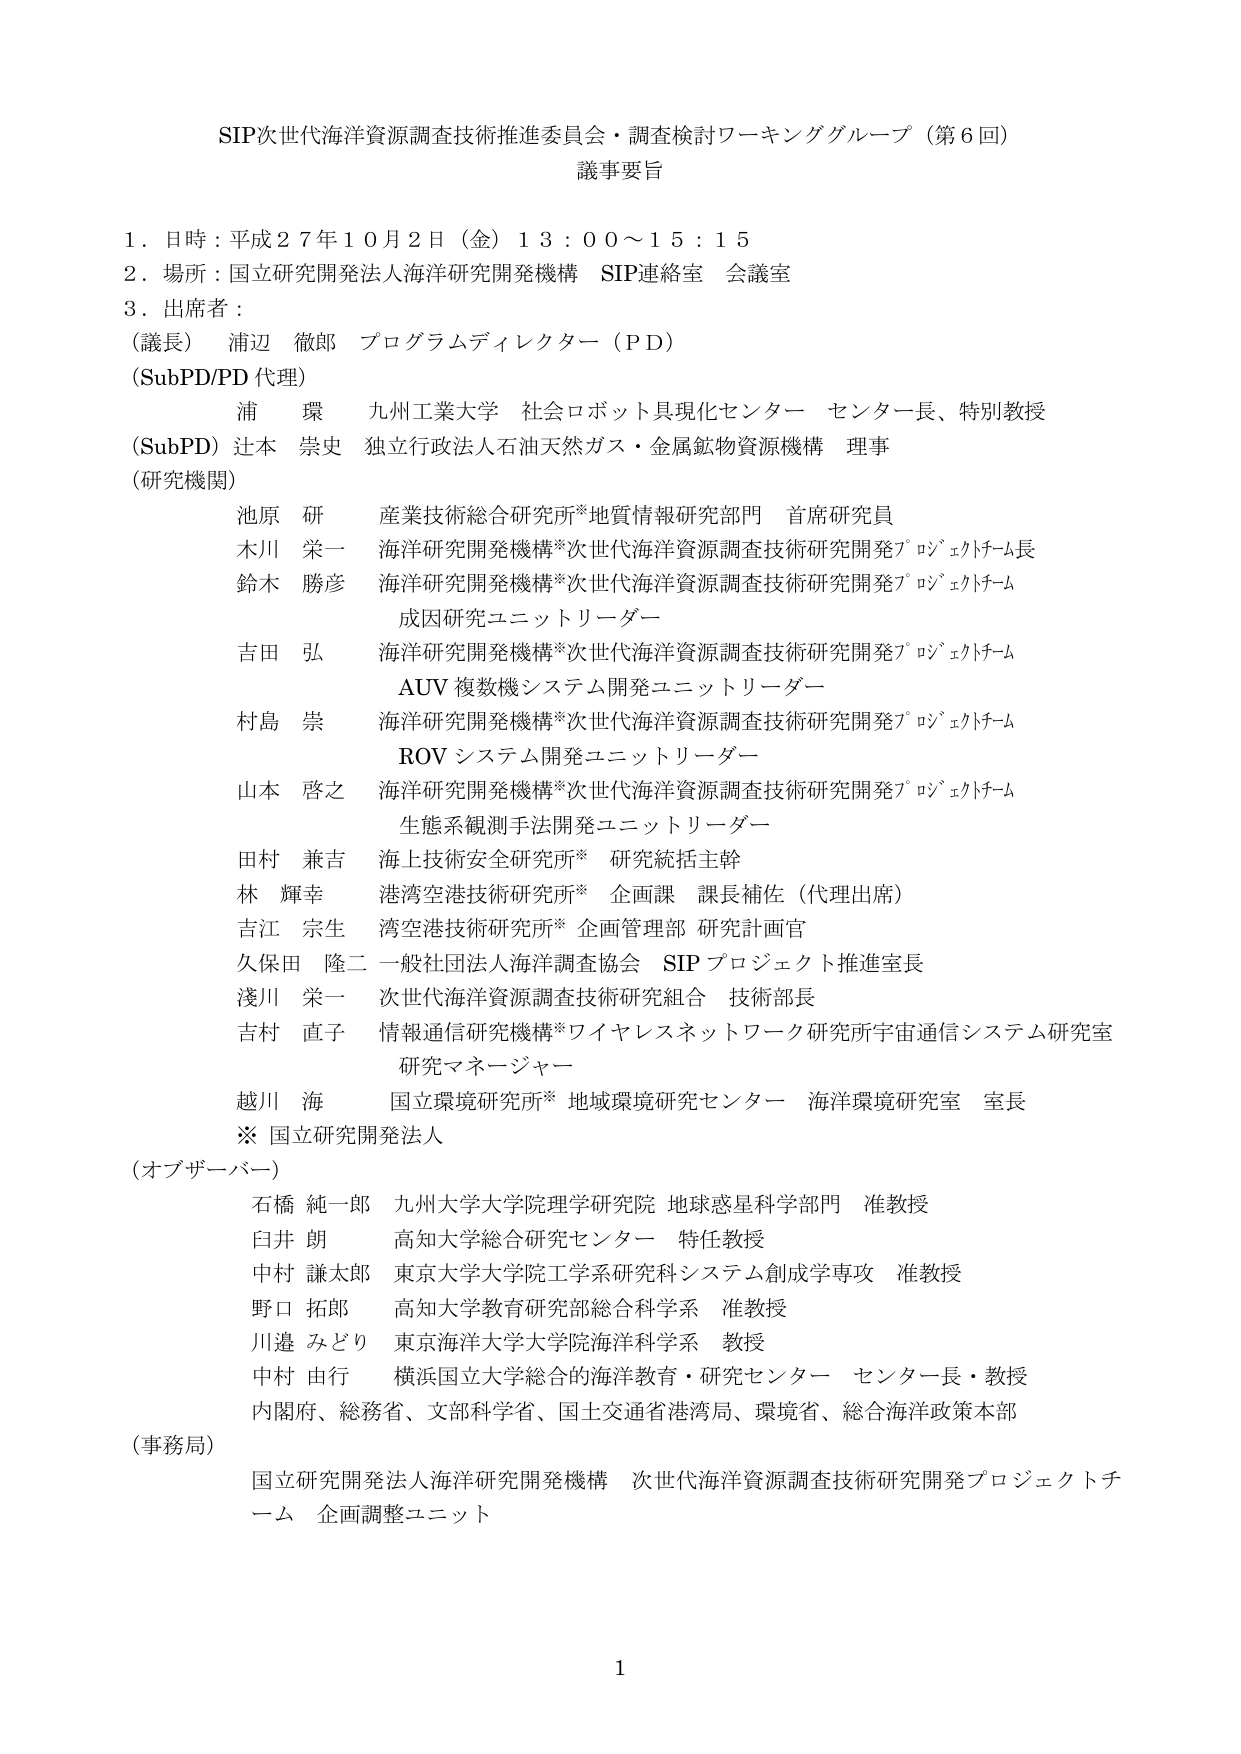
SIP次世代海洋資源調査技術推進委員会・調査検討ワーキンググループ（第6回）
議事要旨

1．日時：平成27年10月2日（金）13：00～15：15
2．場所：国立研究開発法人海洋研究開発機構 SIP連絡室 会議室
3．出席者：
（議長） 浦辺 徹郎 プログラムディレクター（PD）
（SubPD/PD代理）
　　浦 環 九州工業大学 社会ロボット具現化センター センター長、特別教授
（SubPD）辻本 崇史 独立行政法人石油天然ガス・金属鉱物資源機構 理事
（研究機関）
　　池原 研 産業技術総合研究所*地質情報研究部門 首席研究員
　　木川 栄一 海洋研究開発機構*次世代海洋資源調査技術研究開発プロジェクトチーム長
　　鈴木 勝彦 海洋研究開発機構*次世代海洋資源調査技術研究開発プロジェクトチーム
　　　　　　　成因研究ユニットリーダー
　　吉田 弘 海洋研究開発機構*次世代海洋資源調査技術研究開発プロジェクトチーム
　　　　　　　AUV 複数機システム開発ユニットリーダー
　　村島 崇 海洋研究開発機構*次世代海洋資源調査技術研究開発プロジェクトチーム
　　　　　　　ROV システム開発ユニットリーダー
　　山本 啓之 海洋研究開発機構*次世代海洋資源調査技術研究開発プロジェクトチーム
　　　　　　　生態系観測手法開発ユニットリーダー
　　田村 兼吉 海上技術安全研究所* 研究統括主幹
　　林 輝幸 港湾空港技術研究所* 企画課 課長補佐（代理出席）
　　吉江 宗生 湾空港技術研究所* 企画管理部 研究計画官
　　久保田 隆二 一般社団法人海洋調査協会 SIP プロジェクト推進室長
　　浅川 栄一 次世代海洋資源調査技術研究組合 技術部長
　　吉村 直子 情報通信研究機構*ワイヤレスネットワーク研究所宇宙通信システム研究室
　　　　　　　研究マネージャー
　　越川 海 国立環境研究所* 地域環境研究センター 海洋環境研究室 室長
　　※ 国立研究開発法人
（オブザーバー）
　　石橋 純一郎 九州大学大学院理学研究院 地球惑星科学部門 准教授
　　臼井 朗 高知大学総合研究センター 特任教授
　　中村 謙太郎 東京大学大学院工学系研究科システム創成学専攻 准教授
　　野口 拓郎 高知大学教育研究部総合科学系 准教授
　　川邉 みどり 東京海洋大学大学院海洋科学系 教授
　　中村 由行 横浜国立大学総合的海洋教育・研究センター センター長・教授
　　内閣府、総務省、文部科学省、国土交通省港湾局、環境省、総合海洋政策本部
（事務局）
　　国立研究開発法人海洋研究開発機構 次世代海洋資源調査技術研究開発プロジェクトチーム 企画調整ユニット

1